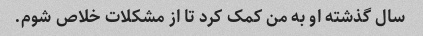
سال گذشته او به من کمک کرد تا از مشکلات خلاص شوم.